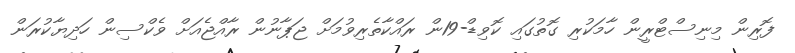
ފޮރިން މިނިސްޓްރީން ހާމަކުރި ގޮތުގައި ކޮވިޑް-19ން ރައްކާތެރިވުމަށް ޖަޕާނުން ރާއްޖެއަށް ވެކްސިން ހަދިޔާކުރަން